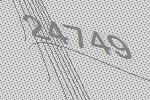
24749